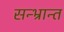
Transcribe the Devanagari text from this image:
सन्भ्रान्त